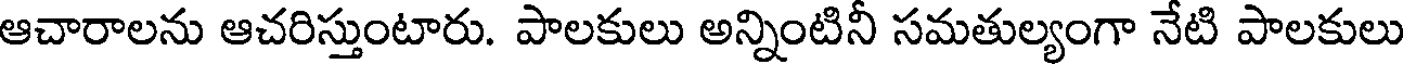
ఆచారాలను ఆచరిస్తుంటారు. పాలకులు అన్నింటినీ సమతుల్యంగా నేటి పాలకులు